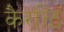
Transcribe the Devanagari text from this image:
कैरळि